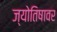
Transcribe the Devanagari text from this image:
ज्योतिषावर